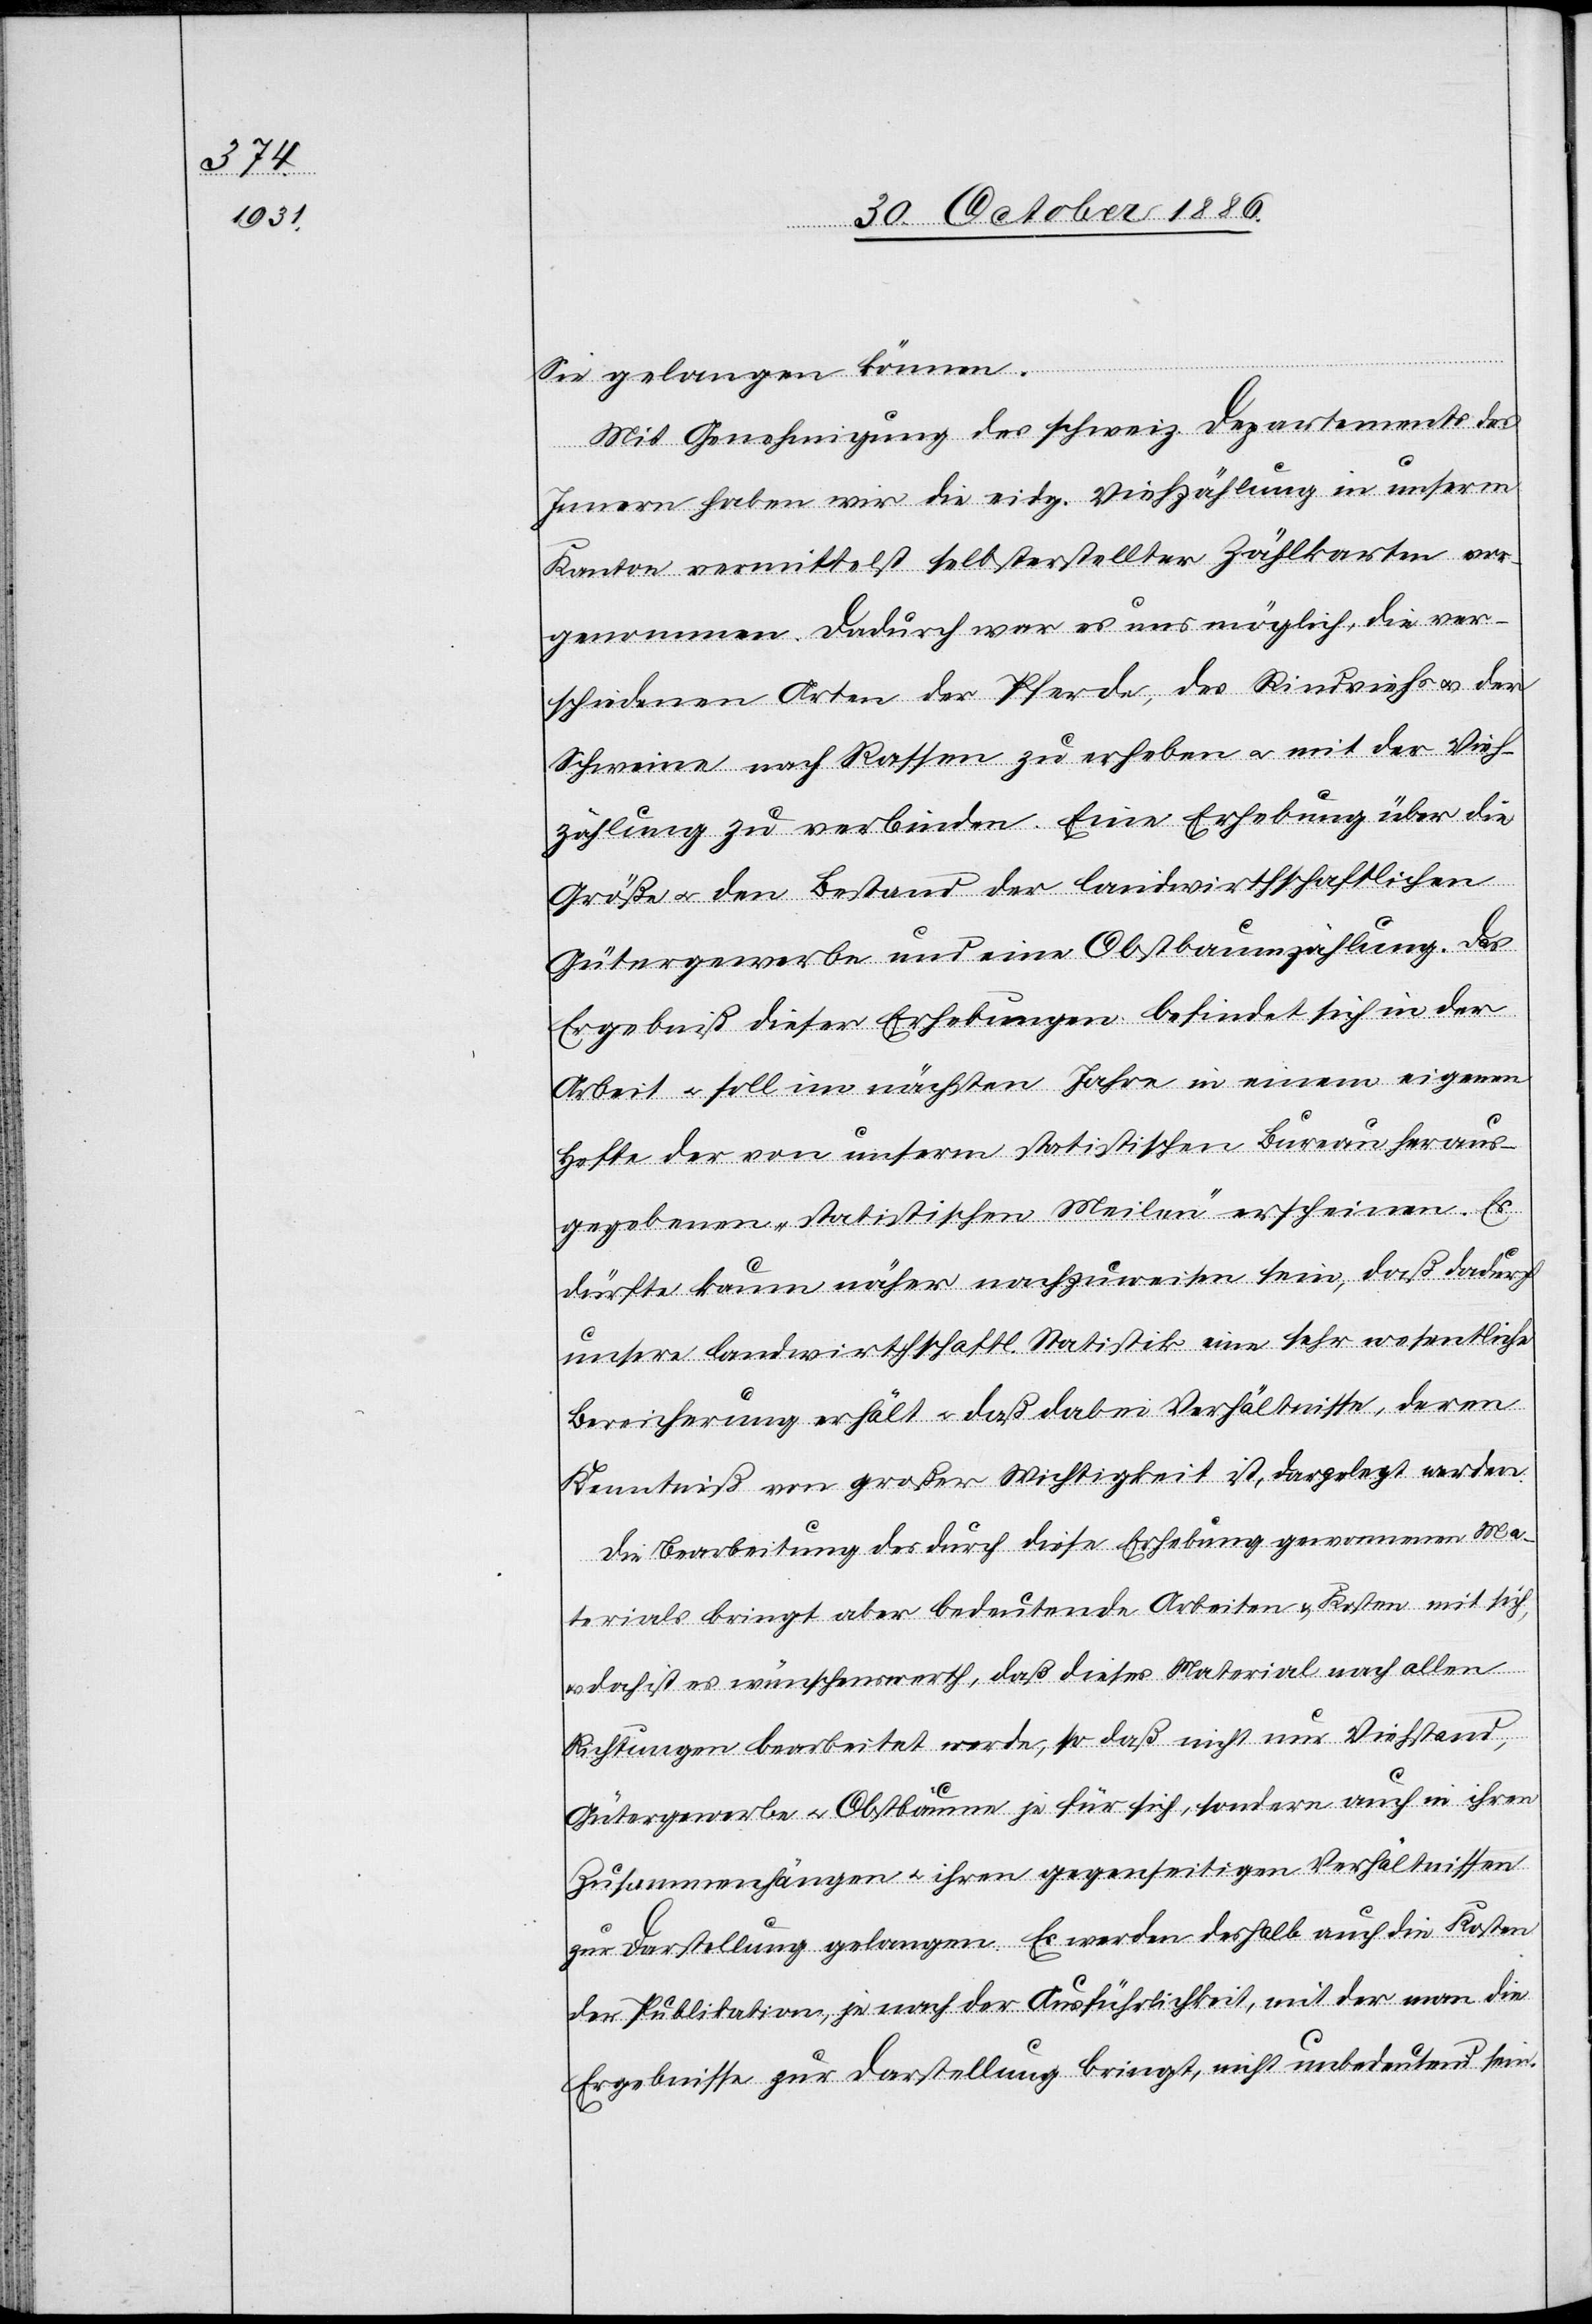
Sie gelangen können.
Mit Genehmigung des schweiz. Departements des
Innern haben wir die eidg. Viehzählung in unserm
Kanton vermittelst selbsterstellter Zählkarten vor¬
genommen. Dadurch war es uns möglich, die ver¬
schiedenen Arten der Pferde, des Rindviehs & der
Schweine nach Rassen zu erheben & mit der Vieh¬
zählung zu verbinden. Eine Erhebung über die
Größe & den Bestand der landwirthschaftlichen
Gütergewerbe und eine Obstbaumzählung. Das
Ergebniß dieser Erhebungen befindet sich in der
Arbeit & soll im nächsten Jahre in einem eigenen
Hefte der von unserm statistischen Bureau heraus¬
gegebenen „statistischen Meilen“ erscheinen. Es
dürfte kaum näher nachzuweisen sei, daß dadurch
unsere landwirthschaftl. Statistik eine sehr wesentliche
Bereicherung erhält & daß dabei Verhältnisse, deren
Kenntniß von großer Wichtigkeit ist, dargelegt werden.
Die Bearbeitung des durch diese Erhebung gewonnenen Ma¬
terials bringt aber bedeutende Arbeiten & Kosten mit sich,
doch ist es wünschenswerth, daß dieses Material nach allen
Richtungen bearbeitet werde, so daß nicht nur Viehstand,
Gütergewerbe & Obstbäume je für sich, sondern auch in ihren
Zusammenhängen & ihren gegenseitigen Verhältnissen
zur Darstellung gelangen. Es werden deshalb auch die Kosten
der Publikation, je nach der Ausführlichkeit, mit der man die
Ergebnisse zur Darstellung bringt, nicht unbedeutend sein.